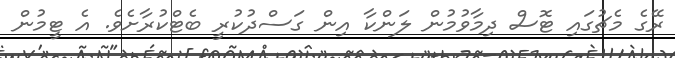
ރޭގެ މެޗުގައި ޓޮސް ދިމާވުމުން ލަންކާ އިން ގަސްދުކުރީ ބެޓްކުރާށެވެ. އެ ޓީމުން